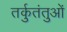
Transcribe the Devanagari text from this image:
तर्कुतंतुओं